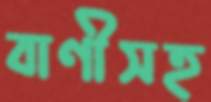
বাণীসহ